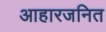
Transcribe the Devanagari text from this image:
आहारजनित